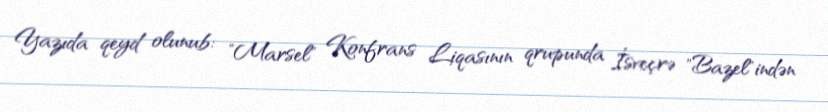
Yazıda qeyd olunub: "Marsel" Konfrans Liqasının qrupunda İsveçrə "Bazel"indən